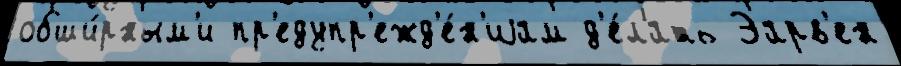
обши́рным'и пр'едупр'ежд'е́н'иjам д'е́лать Эарв'ен